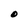
Character: O